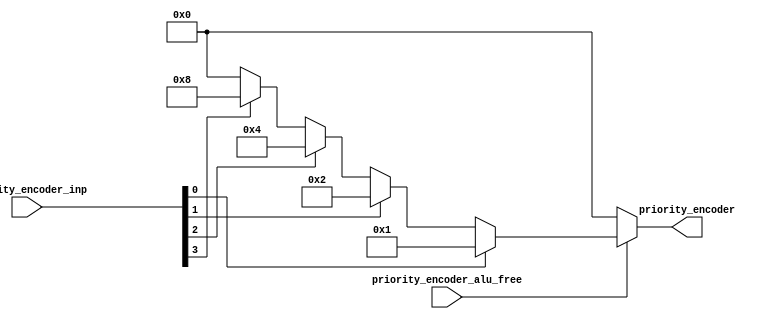
module module_priority_encoder(priority_encoder_inp,
			       priority_encoder_alu_free,
			       priority_encoder);
  // value method priority_encoder
  input  [3 : 0] priority_encoder_inp;
  input  priority_encoder_alu_free;
  output [3 : 0] priority_encoder;

  // signals for module outputs
  wire [3 : 0] priority_encoder;

  // value method priority_encoder
  assign priority_encoder =
	     priority_encoder_alu_free ?
	       (priority_encoder_inp[0] ?
		  4'd1 :
		  (priority_encoder_inp[1] ?
		     4'd2 :
		     (priority_encoder_inp[2] ?
			4'd4 :
			(priority_encoder_inp[3] ? 4'd8 : 4'd0)))) :
	       4'd0 ;
endmodule